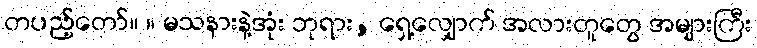
တပည့်တော်။ ။ မသနားနဲ့အုံး ဘုရား, ရှေ့လျှောက် အလားတူတွေ အများကြီး